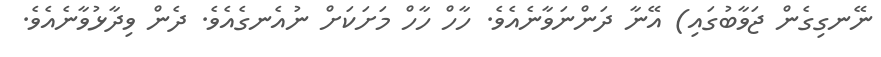
ނޭނގިގެން ޖަވާބުގައި) އޭނާ ދަންނަވާނެއެވެ. ހާހް ހާހް މަށަކަށް ނުއެނގެއެވެ. ދެން ވިދާޅުވާނެއެވެ.